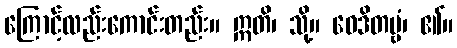
ကြောင့်လည်းကောင်းတည်း။ ဣတိ၊ သို့။ ဝေဒိတဗ္ဗံ၊ ၏။